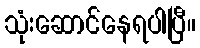
သုံးဆောင်နေရပါပြီ။